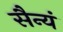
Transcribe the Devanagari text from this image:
सैन्यं